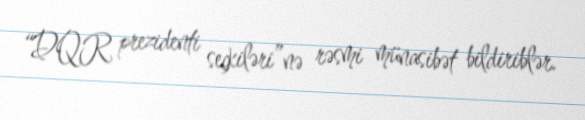
“DQR prezidenti seçkiləri”nə rəsmi münasibət bildiriblər.